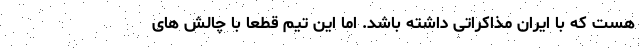
هست که با ایران مذاکراتی داشته باشد. اما این تیم قطعا با چالش های